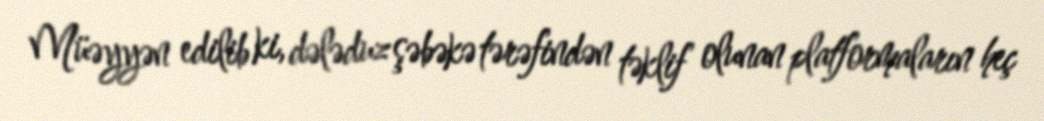
Müəyyən edilib ki, dələduz şəbəkə tərəfindən təklif olunan platformaların heç